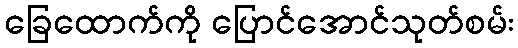
ခြေထောက်ကို ပြောင်အောင်သုတ်စမ်း